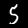
Label: 5